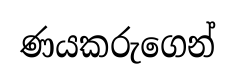
ණයකරුගෙන්